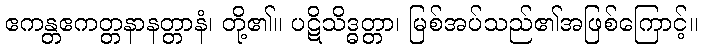
ဧကန္တဧကတ္တနာနတ္တာနံ၊ တို့၏။ ပဋိသိဒ္ဓတ္တာ၊ မြစ်အပ်သည်၏အဖြစ်ကြောင့်။